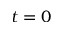
t = 0